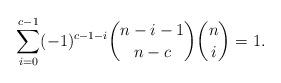
LaTeX: \begin{align*} \sum_{i=0}^{c-1} (-1)^{c-1-i} {n-i-1 \choose n-c}{n \choose i} = 1.\end{align*}